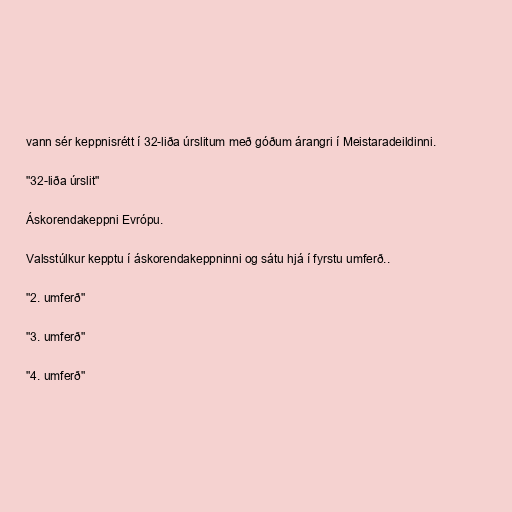
vann sér keppnisrétt í 32-liða úrslitum með góðum árangri í Meistaradeildinni.

"32-liða úrslit"

Áskorendakeppni Evrópu.

Valsstúlkur kepptu í áskorendakeppninni og sátu hjá í fyrstu umferð..

"2. umferð"

"3. umferð"

"4. umferð"